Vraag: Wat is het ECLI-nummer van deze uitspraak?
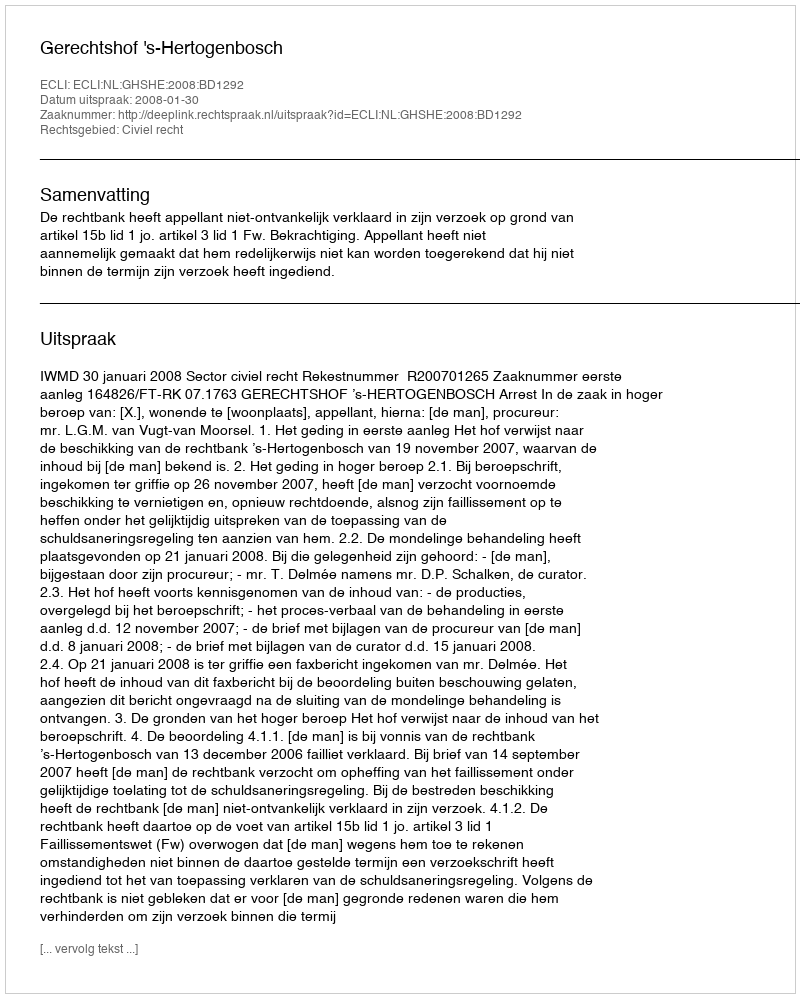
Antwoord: ECLI:NL:GHSHE:2008:BD1292